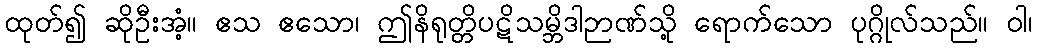
ထုတ်၍ ဆိုဦးအံ့။ ဧသ ဧသော၊ ဤနိရုတ္တိပဋိသမ္ဘိဒါဉာဏ်သို့ ရောက်သော ပုဂ္ဂိုလ်သည်။ ဝါ၊